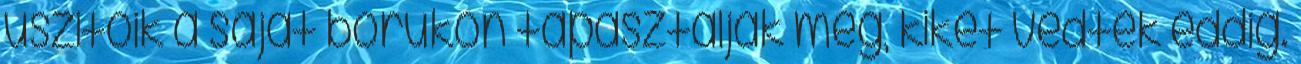
uszitoik a sajat borukon tapasztaljak meg, kiket vedtek eddig.